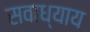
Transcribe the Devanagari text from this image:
सवाध्याय